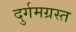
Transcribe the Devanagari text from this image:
दुर्गमग्रस्त